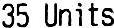
35 UNITS